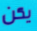
يكن